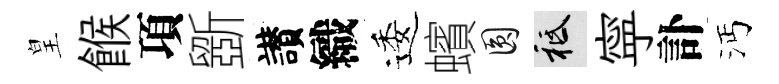
皇餱項斵讃織逶蠙圓祇寜訃沔